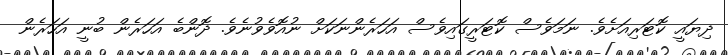
ދިޔައީ ކޮޓަރިއަށެވެ. ނަމަވެސް ކޮޓަރީގައިވެސް އަހަރެންނަކަށް ނުއޮވެވުނެވެ. ދޮންބެ އަހަރެން ބުނީ އަހަރެން